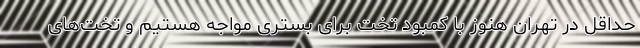
حداقل در تهران هنوز با کمبود تخت برای بستری مواجه هستیم و تخت‌های